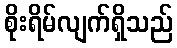
စိုးရိမ်လျက်ရှိသည်